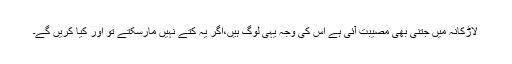
لاڑکانہ میں جتنی بھی مصیبت آئی ہے اس کی وجہ یہی لوگ ہیں،اگر یہ کتے نہیں مارسکتے تو اور کیا کریں گے۔